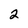
Character: 2